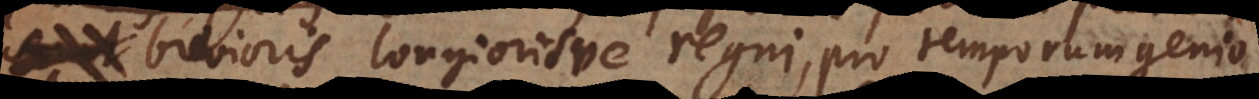
brevioris longiorisve regni, pro temporum genio